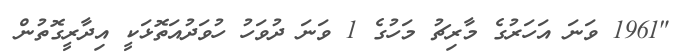
"1961 ވަނަ އަހަރުގެ މާރިޗު މަހުގެ 1 ވަނަ ދުވަހު ހުވަދުއަތޮޅަކީ އިދާރީގޮތުން